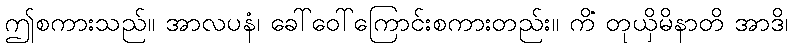
ဤစကားသည်။ အာလပနံ၊ ခေါ်ဝေါ်ကြောင်းစကားတည်း။ ကိံ တုယှိမိနာတိ အာဒိ၊